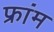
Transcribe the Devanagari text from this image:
फ्रांम